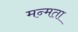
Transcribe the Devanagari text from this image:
मन्मता